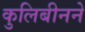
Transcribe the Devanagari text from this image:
कुलिबीनने